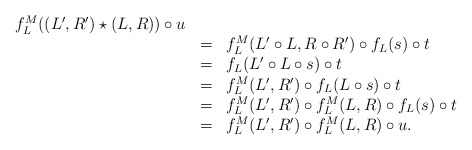
\begin{align*} \begin{array}{lll} f_L^M((L',R')\star (L,R))\circ u\\ &=&f_L^M(L'\circ L,R\circ R')\circ f_L(s)\circ t\\ &=&f_L(L'\circ L\circ s)\circ t\\ &=&f_L^M(L',R')\circ f_L(L\circ s)\circ t\\ &=&f_L^M(L',R')\circ f_L^M(L,R)\circ f_L(s)\circ t\\ &=&f_L^M(L',R')\circ f_L^M(L,R)\circ u. \end{array} \end{align*}